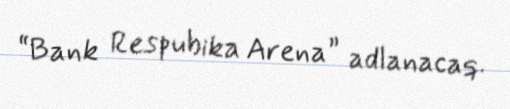
“Bank Respubika Arena” adlanacaq.